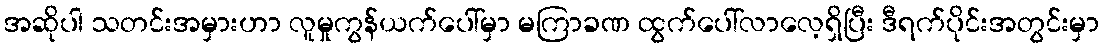
အဆိုပါ သတင်းအမှားဟာ လူမှုကွန်ယက်ပေါ်မှာ မကြာခဏ ထွက်ပေါ်လာလေ့ရှိပြီး ဒီရက်ပိုင်းအတွင်းမှာ